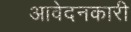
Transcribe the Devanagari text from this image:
आवेदनकारी